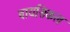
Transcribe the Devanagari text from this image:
बायसिकल